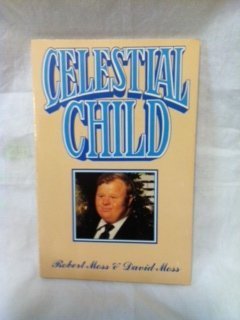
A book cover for Celestial Child; Robert H. Moss; Health, Fitness & Dieting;